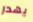
يهدر